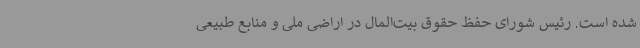
شده است. رئیس شورای حفظ حقوق بیت‌المال در اراضی ملی و منابع طبیعی